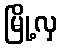
မြို့လှ